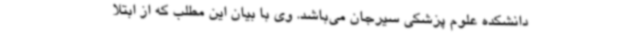
دانشکده علوم پزشکی سیرجان می‌باشد. وی با بیان این مطلب که از ابتلا